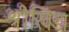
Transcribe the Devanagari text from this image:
श्रीखिंडा